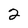
Character: 2